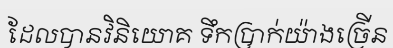
ដែលបានវិនិយោគ ទឹកប្រាក់យ៉ាងច្រើន